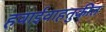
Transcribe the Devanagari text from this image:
हवाईवाहतुकीत